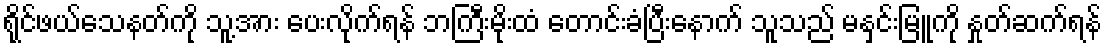
ရိုင်ဖယ်သေနတ်ကို သူ့အား ပေးလိုက်ရန် ဘကြီးမိုးထံ တောင်းခံပြီးနောက် သူသည် မနှင်းမြူကို နှုတ်ဆက်ရန်